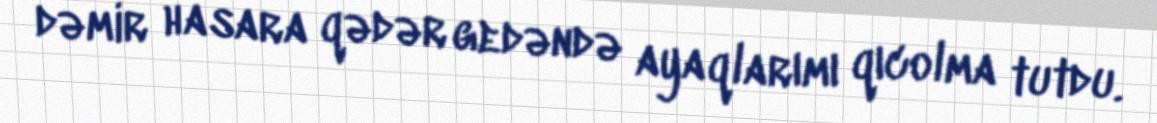
dəmir hasara qədər gedəndə ayaqlarımı qıcolma tutdu.